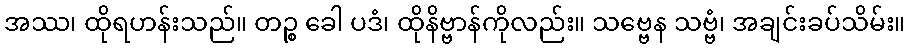
အဿ၊ ထိုရဟန်းသည်။ တဉ္စ ခေါ ပဒံ၊ ထိုနိဗ္ဗာန်ကိုလည်း။ သဗ္ဗေန သဗ္ဗံ၊ အချင်းခပ်သိမ်း။